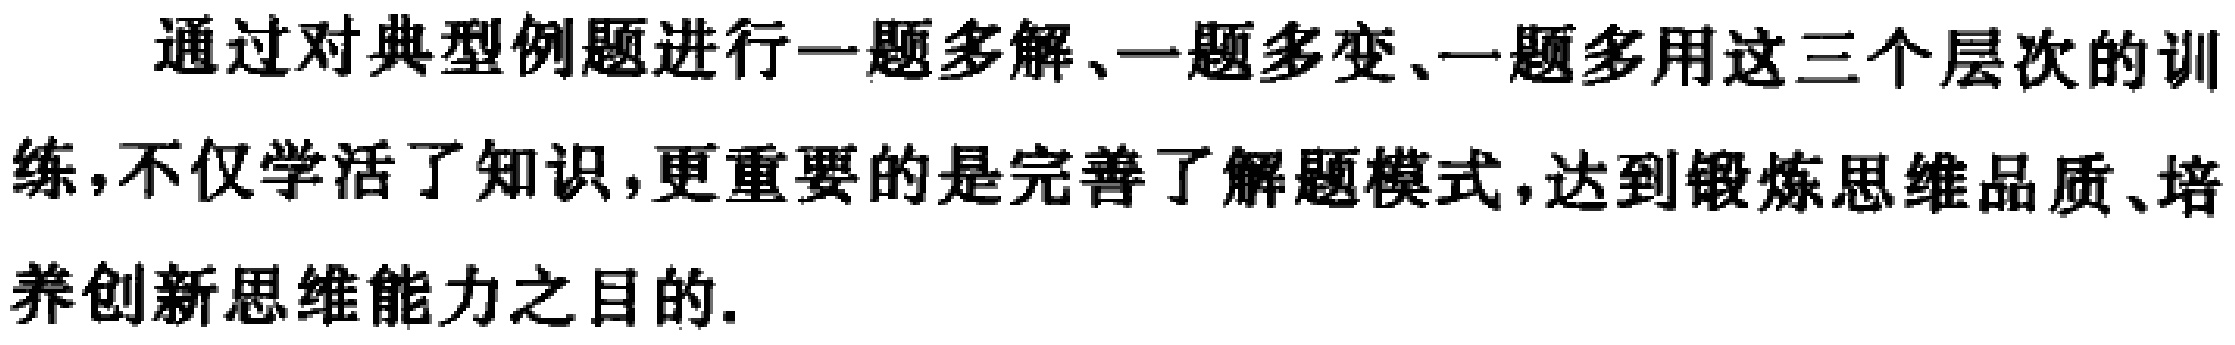
通过对典型例题进行一题多解、一题多变、一题多用这三个层次的训练，不仅学活了知识，更重要的是完善了解题模式，达到锻炼思维品质、培养创新思维能力之目的.